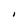
Character: I